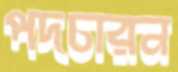
পদচারন